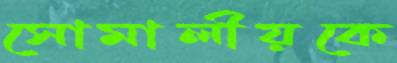
সোমালীয়কে